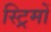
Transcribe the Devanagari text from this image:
स्ट्रिमों